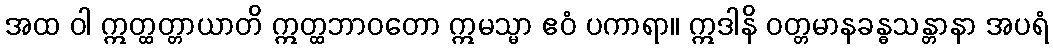
အထ ဝါ ဣတ္ထတ္တာယာတိ ဣတ္ထဘာဝတော ဣမသ္မာ ဧဝံ ပကာရာ။ ဣဒါနိ ဝတ္တမာနခန္ဓသန္တာနာ အပရံ